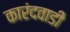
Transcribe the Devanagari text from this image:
कारंदवाडी